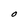
Character: O